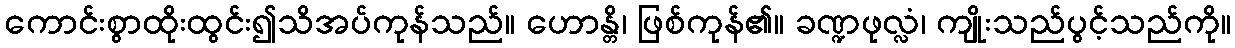
ကောင်းစွာထိုးထွင်း၍သိအပ်ကုန်သည်။ ဟောန္တိ၊ ဖြစ်ကုန်၏။ ခဏ္ဍဖုလ္လံ၊ ကျိုးသည်ပွင့်သည်ကို။